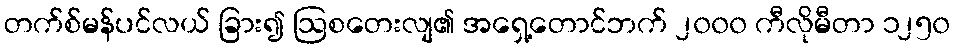
တက်စ်မန်ပင်လယ် ခြား၍ ဩစတေးလျ၏ အရှေ့တောင်ဘက် ၂၀၀၀ ကီလိုမီတာ ၁၂၅၀